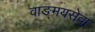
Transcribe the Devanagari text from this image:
वाङ्‌मयसेवा